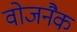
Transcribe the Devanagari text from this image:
वोजनैक